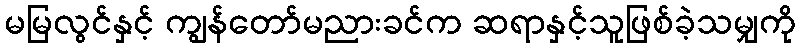
မမြလွင်နှင့် ကျွန်တော်မညားခင်က ဆရာနှင့်သူဖြစ်ခဲ့သမျှကို